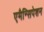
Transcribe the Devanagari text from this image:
एमैन्सिपेशन